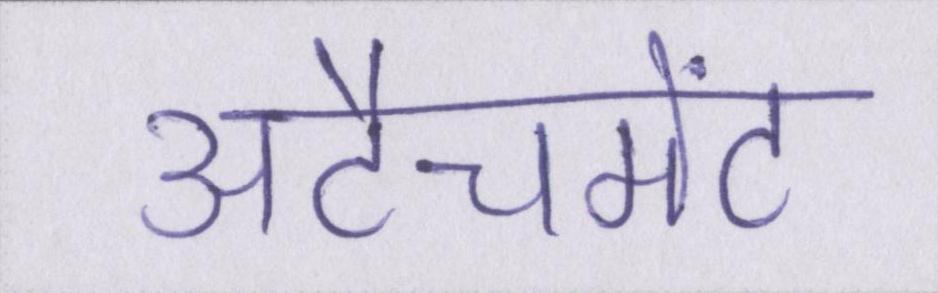
अटैचमेंट